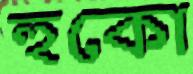
হুকো